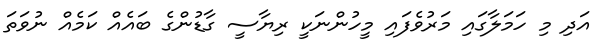
އަދި މި ހަމަލާގައި މަރުވެފައި މީހުންނަކީ ރިޔާސީ ގާޑުންގެ ބައެއް ކަމެއް ނުވަތަ